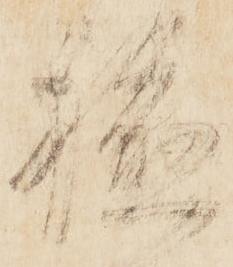
軈